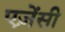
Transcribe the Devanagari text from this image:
एज़ेंसी